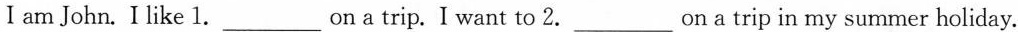
I am John.I like 1.___on a trip. I want to 2.___on a trip in my summer holiday.